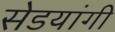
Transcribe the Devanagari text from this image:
सेडयांगी